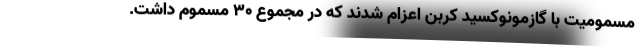
مسمومیت با گازمونوکسید کربن اعزام شدند که در مجموع ۳۰ مسموم داشت.